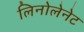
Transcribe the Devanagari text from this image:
लिनोलेनेट